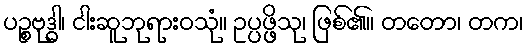
ပဉ္စဗုဒ္ဓါ၊ ငါးဆူဘုရားဝသုံ။ ဥပ္ပဖ္ဖိသု၊ ဖြစ်၏။ တတော၊ တက၊